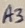
Text: A3